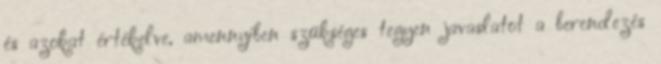
és azokat értékelve, amennyiben szükséges tegyen javaslatot a berendezés